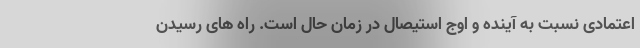
اعتمادی نسبت به آینده و اوج استیصال در زمان حال است. راه های رسیدن